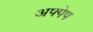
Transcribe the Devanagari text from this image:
अफ्पेप